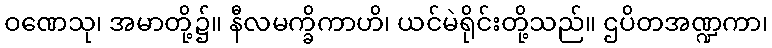
ဝဏေသု၊ အမာတို့၌။ နီလမက္ခိကာဟိ၊ ယင်မဲရိုင်းတို့သည်။ ဌပိတအဏ္ဍကာ၊